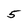
Character: 5